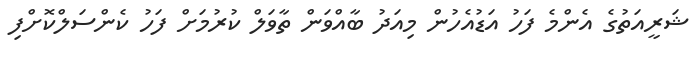
ޝަރީއަތުގެ އެންމެ ފަހު އަޑުއެހުން މިއަދު ބާއްވަން ތާވަލް ކުރުމަށް ފަހު ކެންސަލްކޮށްފި